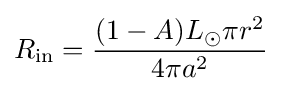
R_{\mathrm {in} }={\frac {(1-A)L_{\odot }\pi r^{2}}{4\pi a^{2}}}